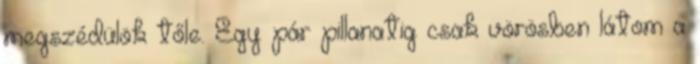
megszédülök tőle. Egy pár pillanatig csak vörösben látom a